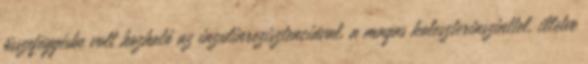
összefüggésbe volt hozható az inzulinrezisztenciával, a magas koleszterinszinttel, illetve